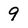
Character: 9